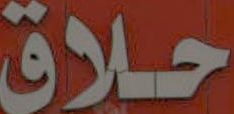
حلاق